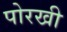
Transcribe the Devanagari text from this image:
पोरखी